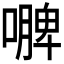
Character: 𭋐